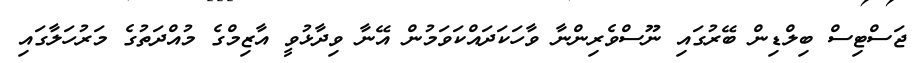
ޖަސްޓިސް ބިލްޑިން ބޭރުގައި ނޫސްވެރިންނާ ވާހަކަދައްކަވަމުން އޭނާ ވިދާޅުވީ އާޒިމްގެ މުއްދަތުގެ މަރުހަލާގައި